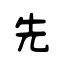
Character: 先